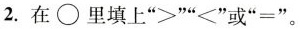
2.在 \circ 里填上”>””<”或”=”。